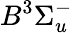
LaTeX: B^{3}\Sigma_{u}^{-}